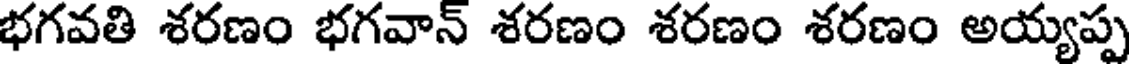
భగవతి శరణం భగవాన్ శరణం శరణం శరణం అయ్యప్ప